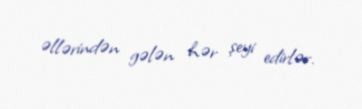
əllərindən gələn hər şeyi edirlər.